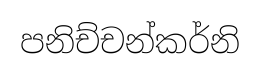
පනිච්චන්කර්නි